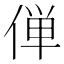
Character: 𫢸